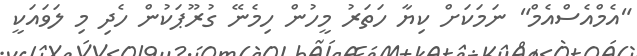
"އެމްއެސްއެމް" ނަމަކަށް ކިޔާ ހަތަރު މީހުން ހިމެނޭ ގުރޫޕަކުން ހެދި މި ލަވައަކީ